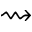
\rightsquigarrow